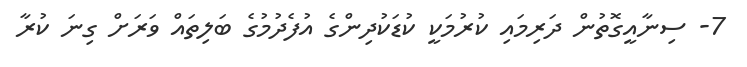
7- ސިނާއީގޮތުން ދަރިމައި ކުރުމަކީ ކުޑަކުދިންގެ އުފެދުމުގެ ބަލިތައް ވަރަށް ގިނަ ކުރާ